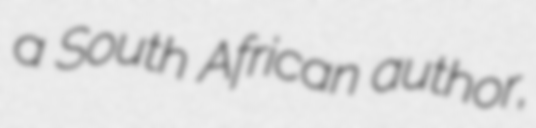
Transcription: a South African author,